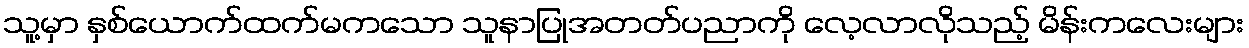
သူ့မှာ နှစ်ယောက်ထက်မကသော သူနာပြုအတတ်ပညာကို လေ့လာလိုသည့် မိန်းကလေးများ